画像に写った文字を読んでください
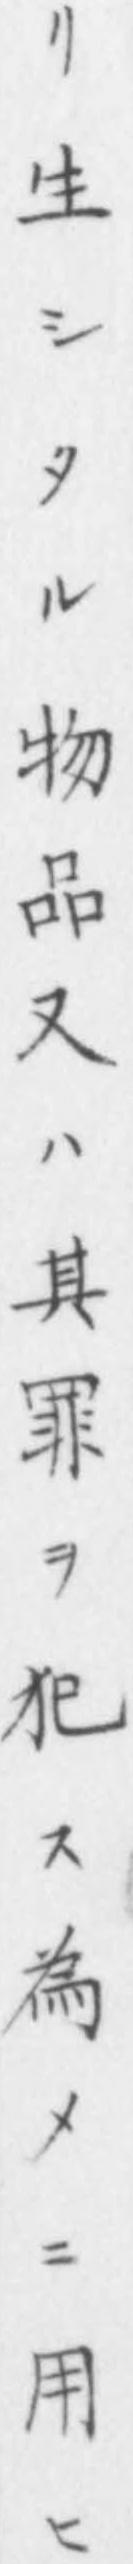
「リ生シタル物品又ハ其罪ヲ犯ス為メニ用ヒ」と書いてあります